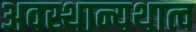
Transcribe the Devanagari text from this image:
अवस्थान्यथात्व